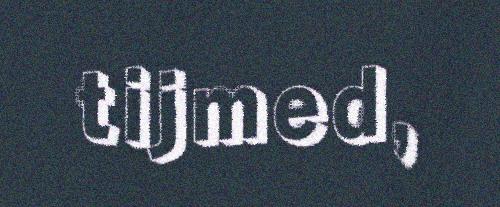
tijmed,